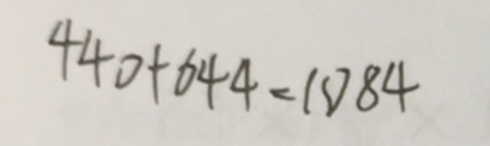
4 4 0 + 6 4 4 = 1 0 8 4